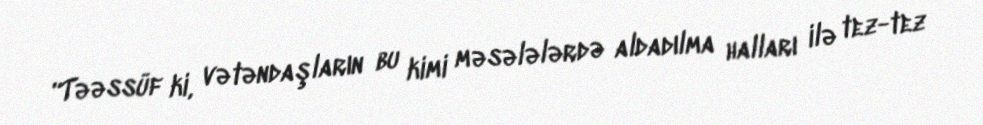
“Təəssüf ki, vətəndaşların bu kimi məsələlərdə aldadılma halları ilə tez-tez